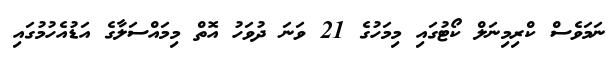
ނަމަވެސް ކްރިމިނަލް ކޯޓުގައި މިމަހުގެ 21 ވަނަ ދުވަހު އޮތް މިމައްސަލާގެ އަޑުއެހުމުގައި